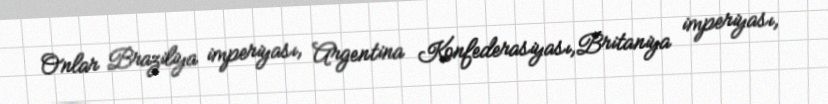
Onlar Braziliya imperiyası, Argentina Konfederasiyası,Britaniya imperiyası,